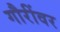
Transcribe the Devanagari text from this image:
गौरींवर